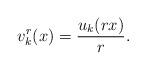
LaTeX: \begin{align*}v^r_k(x) = \frac{u_k(r x)}{r}.\end{align*}